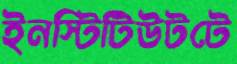
ইনস্টিটিউটটে